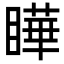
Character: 瞱